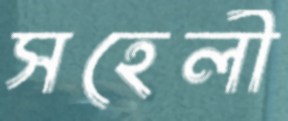
সহেলী